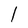
Character: l